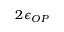
2 \epsilon _ { O P }